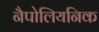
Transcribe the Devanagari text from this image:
नैपोलियनिक